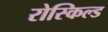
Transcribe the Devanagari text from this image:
रोस्किल्ड